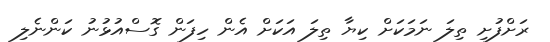
ރަށްފުށި ތިލަ ނަމަކަށް ކިޔާ ތިލަ އަކަށް އެން ހިފަން ގޮސްއުޅުނު ކަންނެލި